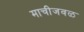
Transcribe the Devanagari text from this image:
माचीजवळ